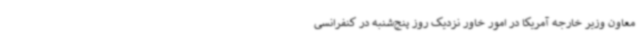
معاون وزیر خارجه آمریکا در امور خاور نزدیک روز پنج‌شنبه در کنفرانسی